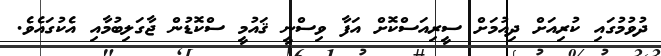
ދުވުމުގައި ކުރިއަށް ދިއުމަށް ސީރިއަސްކޮށް އަފާ ވިސްނީ ޤައުމީ ސްކޮޑުން ޖާގަލިބުމާއި އެކުގައެވެ.